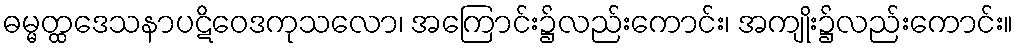
ဓမ္မတ္ထဒေသနာပဋိဝေဒကုသလော၊ အကြောင်း၌လည်းကောင်း၊ အကျိုး၌လည်းကောင်း။